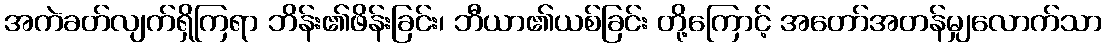
အကဲခတ်လျက်ရှိကြရာ ဘိန်း၏ဖိန်းခြင်း၊ ဘီယာ၏ယစ်ခြင်း တို့ကြောင့် အတော်အတန်မျှလောက်သာ